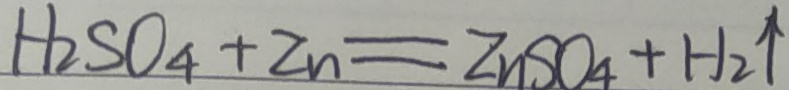
H _ { 2 } S O _ { 4 } + Z n = Z n S O _ { 4 } + H _ { 2 } \uparrow